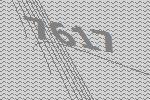
7617